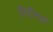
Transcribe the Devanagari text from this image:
गिर्दोनवाॅ